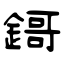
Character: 鎶